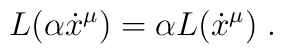
L (\alpha \dot x^\mu) = \alpha L(\dot x^\mu) \; .